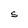
Character: S